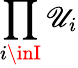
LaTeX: \prod_{i\inI}\mathscr{U}_{i}